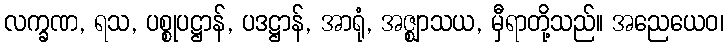
လက္ခဏ, ရသ, ပစ္စုပဋ္ဌာန်, ပဒဋ္ဌာန်, အာရုံ, အဇ္ဈာသယ, မှီရာတို့သည်။ အညေယေဝ၊